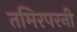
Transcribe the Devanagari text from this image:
तमिरपरनी